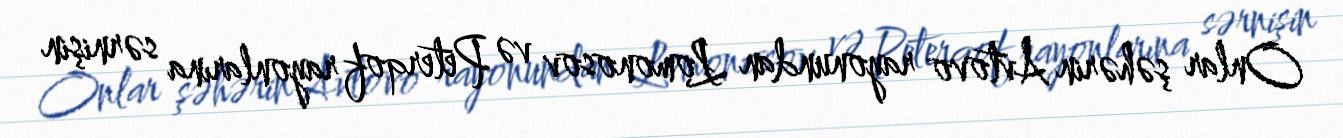
Onlar şəhərin Avtovo rayonundan Lomonosov və Peterqof rayonlarına sərnişin